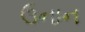
ઉનાન